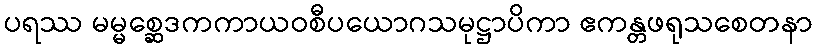
ပရဿ မမ္မစ္ဆေဒကကာယဝစီပယောဂသမုဋ္ဌာပိကာ ဧကန္တဖရုသစေတနာ